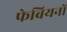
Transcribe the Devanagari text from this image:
फेबियनों